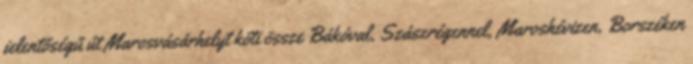
jelentőségű út Marosvásárhelyt köti össze Bákóval, Szászrégennel, Maroshévizen, Borszéken